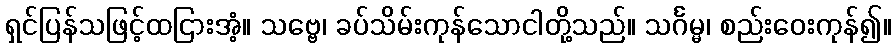
ရှင်ပြန်သဖြင့်ထငြားအံ့။ သဗ္ဗေ၊ ခပ်သိမ်းကုန်သောငါတို့သည်။ သင်္ဂမ္မ၊ စည်းဝေးကုန်၍။